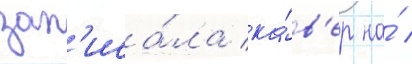
зап'иса́ла ка́в'ер на́ /